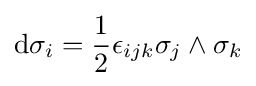
{\text{d}}\sigma _{i}={\frac {1}{2}}\epsilon _{ijk}\sigma _{j}\wedge \sigma _{k}